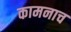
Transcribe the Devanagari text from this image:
कामनाच